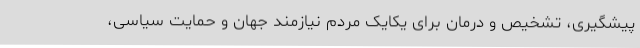
پیشگیری، تشخیص و درمان برای یکایک مردم نیازمند جهان و حمایت سیاسی،